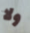
ولا